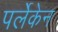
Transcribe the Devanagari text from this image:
पर्लेकेन